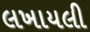
લખાયલી